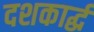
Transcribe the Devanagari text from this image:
दशकार्द्ध